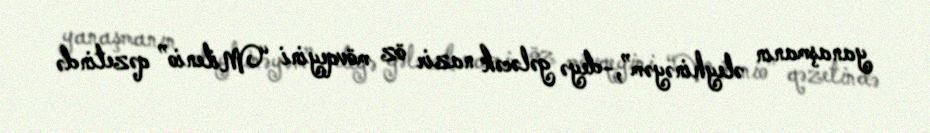
yanaşmanın əleyhinəyəm”,-deyə gələcək nazir öz mövqeyini “Milenio” qəzetində